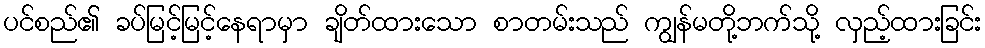
ပင်စည်၏ ခပ်မြင့်မြင့်နေရာမှာ ချိတ်ထားသော စာတမ်းသည် ကျွန်မတို့ဘက်သို့ လှည့်ထားခြင်း